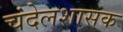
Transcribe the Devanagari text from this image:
चंदेलशासक